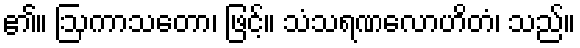
၏။ ဩကာသတော၊ ဖြင့်။ သံသရဏလောဟိတံ၊ သည်။